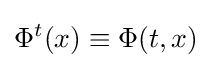
\Phi ^{t}(x)\equiv \Phi (t,x)